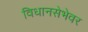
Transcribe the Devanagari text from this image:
विधानसेभेवर